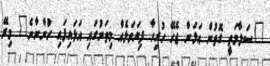
"ސަލާމަތީ ގޮތުން އަޅަން ޖެހޭ ހުރިހާ ފިޔަވަޅެއް މިތަނުގައި އަޅައިފައި ހުންނާނެ" މިރޭ